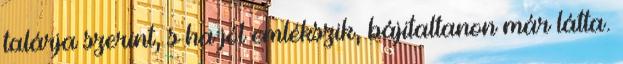
talárja szerint, s ha jól emlékszik, bájitaltanon már látta.